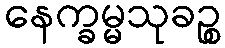
နေက္ခမ္မသုခဉ္စ